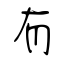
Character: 有